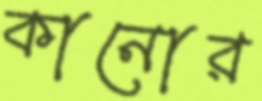
কানোর